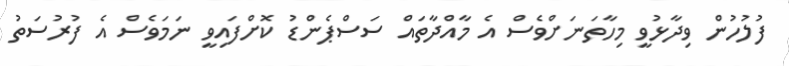
ފުލުހުން ވިދާޅުވީ މިހާތަނަށްވެސް އެ މާއްދާތައް ސަސްޕެންޑު ކޮށްފައިވީ ނަމަވެސް އެ ފުރުސަތު